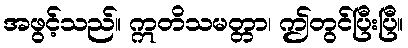
အဖွင့်သည်။ ဣတိသမတ္တာ၊ ဤတွင်ပြီးပြီ။